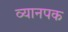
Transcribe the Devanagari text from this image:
व्यानपक